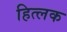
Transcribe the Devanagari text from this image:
हित्लक